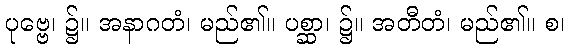
ပုဗ္ဗေ၊ ၌။ အနာဂတံ၊ မည်၏။ ပစ္ဆာ၊ ၌။ အတီတံ၊ မည်၏။ စ၊